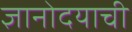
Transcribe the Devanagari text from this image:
ज्ञानोदयाची